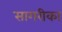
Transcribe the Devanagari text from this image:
सागरीका